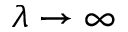
\lambda \to \infty